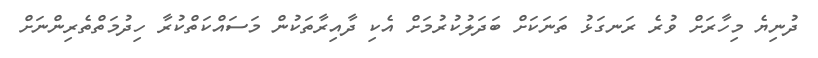
ދުނިޔެ މިހާރަށް ވުރެ ރަނގަޅު ތަނަކަށް ބަދަލުކުރުމަށް އެކި ދާއިރާތަކުން މަސައްކަތްކުރާ ހިދުމަތްތެރިންނަށް